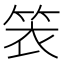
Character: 𬕁